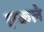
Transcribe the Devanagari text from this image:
एकले